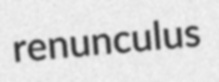
renunculus